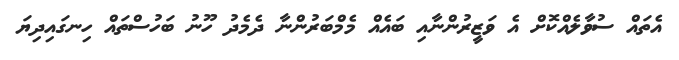
އެތައް ސުވާލެއްކޮށް އެ ވަޒީރުންނާއި ބައެއް މެމްބަރުންނާ ދެމެދު ހޫނު ބަހުސްތައް ހިނގައިދިޔަ